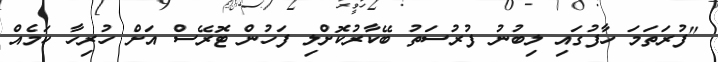
"ފުރަތަމަ ހާފުގައި ލިބުނު ފުރުސަތު ބޭކާރުކޮށްލި ފަހުން ޓޮރޭސް އަށް ހުރިހާ ކަމެއް